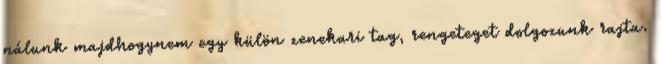
nálunk majdhogynem egy külön zenekari tag, rengeteget dolgozunk rajta.